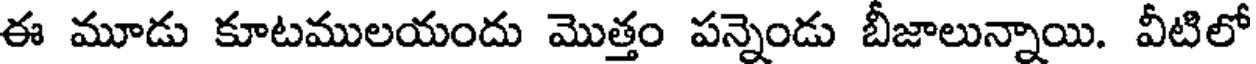
ఈ మూడు కూటములయందు మొత్తం పన్నెండు బీజాలున్నాయి. వీటిలో